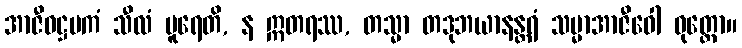
အာဇီဝဋ္ဌမကံ သီလံ ပူရေတိ, န ဣတရဿ, တသ္မာ တဒုဘယာနန္တရံ သမ္မာအာဇီဝေါ ဝုတ္တော။